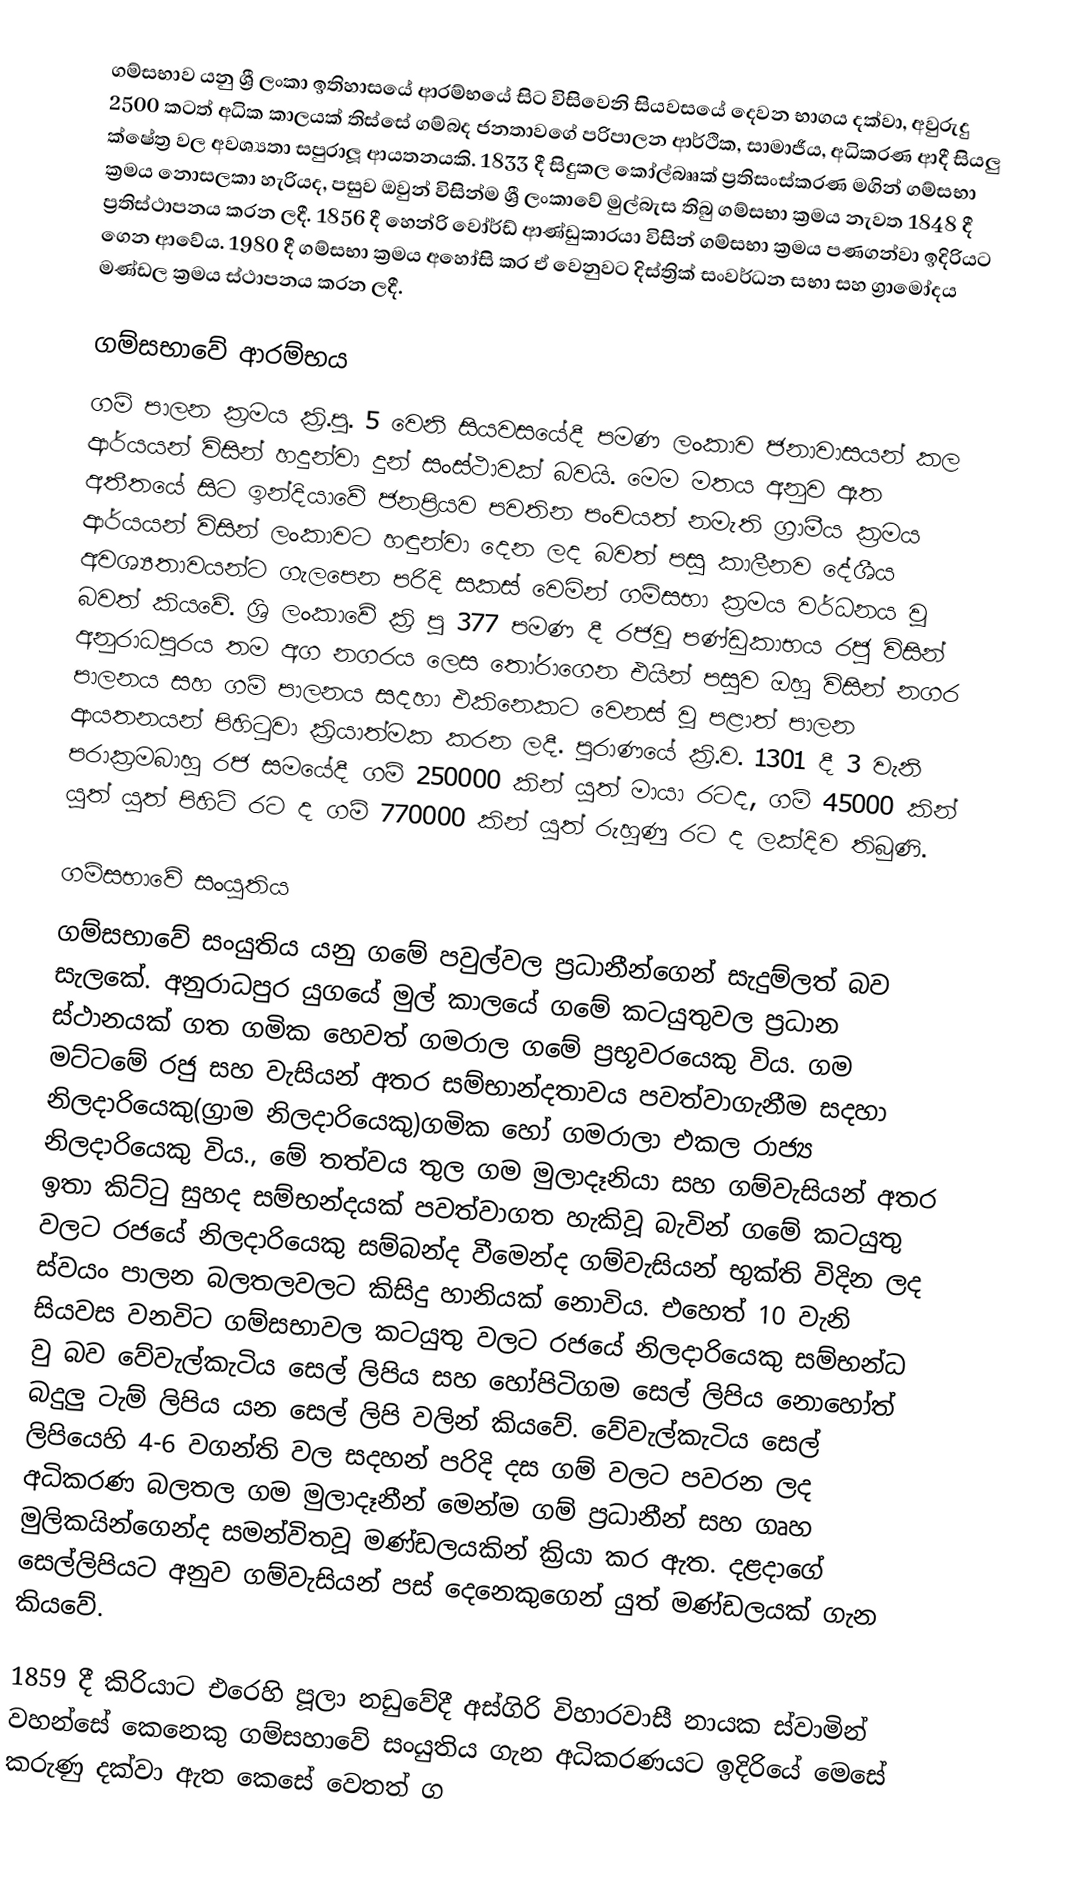
ගම්සභාව යනු ශ්‍රී ලංකා ඉතිහාසයේ ආරම්භයේ සිට විසිවෙනි සියවසයේ දෙවන භාගය දක්වා, අවුරුදු 2500 කටත් අධික කාලයක් තිස්සේ ගම්බද ජනතාවගේ පරිපාලන ආර්ථික, සාමාජීය, අධිකරණ ආදී සියලු ක්ෂේත්‍ර වල අවශ්‍යතා සපුරාලූ ආයතනයකි. 1833 දී සිදුකල කෝල්බෲක් ප්‍රතිසංස්කරණ මගින් ගම්සභා ක්‍රමය නොසලකා හැරියද, පසුව ඔවුන් විසින්ම ශ්‍රී ලංකාවේ මුල්බැස තිබු ගම්සභා ක්‍රමය නැවත 1848 දී ප්‍රතිස්ථාපනය කරන ලදී. 1856 දී  හෙන්රි වෝර්ඩ් ආණ්ඩුකාරයා විසින් ගම්සභා ක්‍රමය පණගන්වා ඉදිරියට ගෙන ආවේය. 1980 දී ගම්සභා ක්‍රමය අහෝසි කර ඒ වෙනුවට දිස්ත්‍රික් සංවර්ධන සභා  සහ ග්‍රාමෝදය මණ්ඩල ක්‍රමය ස්ථාපනය කරන ලදී.

ගම්සභාවේ ආරම්භය
ගම් පාලන ක්‍රමය ක්‍රි.පු. 5 වෙනි සියවසයේදී පමණ ලංකාව ජනාවාසයන් කල ආර්යයන් විසින් හදුන්වා දුන් සංස්ථාවක් බවයි. මෙම මතය අනුව ඈත අතීතයේ සිට ඉන්දියාවේ ජනප්‍රියව පවතින පංචයත් නමැති ග්‍රාමීය ක්‍රමය ආර්යයන් විසින්  ලංකාවට හඳුන්වා දෙන ලද බවත් පසු කාලීනව දේශීය අවශ්‍යතාවයන්ට ගැලපෙන පරිදි සකස් වෙමින් ගම්සභා ක්‍රමය වර්ධනය වූ බවත් කියවේ.   ශ්‍රි ලංකාවේ ක්‍රි පු 377 පමණ දී රජවූ පණ්ඩුකාභය රජු විසින් අනුරාධපුරය තම අග නගරය ලෙස තෝරාගෙන එයින් පසුව ඔහු විසින් නගර පාලනය සහ ගම් පාලනය සදහා එකිනෙකට වෙනස් වූ පළාත් පාලන ආයතනයන් පිහිටුවා ක්‍රියාත්මක කරන ලදී. පුරාණයේ ක්‍රි.ව. 1301 දී 3 වැනි පරාක්‍රමබාහු රජ සමයේදී ගම් 250000 කින් යුත් මායා රටද, ගම් 45000 කින් යුත් යුත් පිහිටි රට ද ගම් 770000 කින් යුත් රුහුණු රට ද ලක්දිව තිබුණි.

ගම්සභාවේ සංයුතිය
ගම්සභාවේ සංයුතිය යනු ගමේ පවුල්වල ප්‍රධානීන්ගෙන් සැදුම්ලත් බව සැලකේ. අනුරාධපුර යුගයේ මුල් කාලයේ ගමේ කටයුතුවල ප්‍රධාන ස්ථානයක් ගත ගමික හෙවත් ගමරාල ගමේ ප්‍රභූවරයෙකු විය. ගම මට්ටමේ රජු සහ වැසියන් අතර සම්භාන්දතාවය පවත්වාගැනීම සදහා නිලදාරියෙකු(ග්‍රාම නිලදාරියෙකු)ගමික හෝ ගමරාලා එකල රාජ්‍ය නිලදාරියෙකු විය., මේ තත්වය තුල ගම මුලාදෑනියා සහ ගම්වැසියන් අතර ඉතා කිට්ටු  සුහද සම්භන්දයක් පවත්වාගත හැකිවූ බැවින් ගමේ කටයුතු වලට රජයේ නිලදාරියෙකු සම්බන්ද වීමෙන්ද ගම්වැසියන් භුක්ති විදින ලද ස්වයං පාලන බලතලවලට කිසිදු හානියක් නොවිය. එහෙත් 10 වැනි සියවස වනවිට ගම්සභාවල කටයුතු වලට රජයේ නිලදාරියෙකු සම්භන්ධ වු බව වේවැල්කැටිය සෙල් ලිපිය සහ හෝපිටිගම සෙල් ලිපිය  නොහෝත් බදුලු ටැම් ලිපිය යන සෙල් ලිපි වලින් කියවේ. වේවැල්කැටිය සෙල් ලිපියෙහි 4-6 වගන්ති වල සදහන් පරිදි දස ගම් වලට පවරන ලද අධිකරණ බලතල ගම මුලාදෑනීන් මෙන්ම ගම් ප්‍රධානීන් සහ ගෘහ මුලිකයින්ගෙන්ද සමන්විතවූ මණ්ඩලයකින් ක්‍රියා කර ඇත. දළදාගේ සෙල්ලිපියට අනුව ගම්වැසියන් පස් දෙනෙකුගෙන් යුත් මණ්ඩලයක් ගැන කියවේ.

1859 දී කිරියාට එරෙහි පූලා නඩුවේදී අස්ගිරි විහාරවාසී නායක ස්වාමින් වහන්සේ කෙනෙකු ගම්සහාවේ සංයුතිය ගැන  අධිකරණයට ඉදිරියේ මෙසේ කරුණු දක්වා ඇත කෙසේ වෙතත් ග